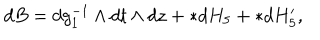
LaTeX: d B = d g _ { 1 } ^ { - 1 } \wedge d t \wedge d z + * d H _ { 5 } + * d H _ { 5 } ^ { \prime } ,